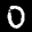
Label: 0